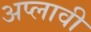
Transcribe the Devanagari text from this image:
अप्लावी